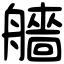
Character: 艢